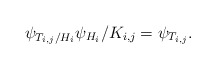
\begin{align*}\psi_{T_{i,j}/H_i} \psi_{H_i}/K_{i,j} = \psi_{T_{i,j}}.\end{align*}